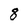
Character: 8